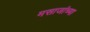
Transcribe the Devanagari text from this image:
मसाजांच्या